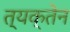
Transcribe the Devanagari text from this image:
त्यक्तेन